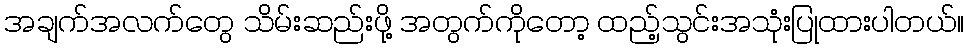
အချက်အလက်တွေ သိမ်းဆည်းဖို့ အတွက်ကိုတော့ ထည့်သွင်းအသုံးပြုထားပါတယ်။